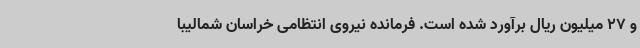
و 27 میلیون ریال برآورد شده است. فرمانده نیروی انتظامی خراسان شمالیبا